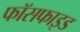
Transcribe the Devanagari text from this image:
फॉसफाइड